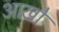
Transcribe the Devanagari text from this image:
आख़ों